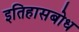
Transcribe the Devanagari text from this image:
इतिहासबोध